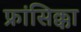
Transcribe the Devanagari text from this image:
फ्रांसिक्का